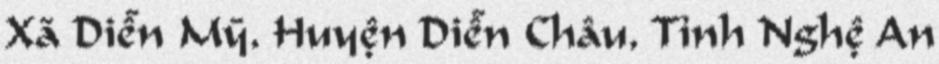
Xã Diễn Mỹ, Huyện Diễn Châu, Tỉnh Nghệ An